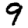
Digit: 9